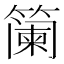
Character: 𮆏